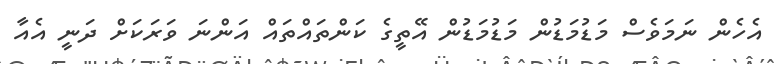
އެހެން ނަމަވެސް މަޑުމަޑުން މަޑުމަޑުން އޭތީގެ ކަންތައްތައް އަންނަ ވަރަކަށް ދަނީ އެއާ